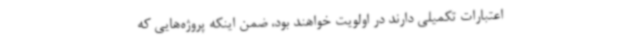
اعتبارات تکمیلی دارند در اولویت خواهند بود، ضمن اینکه پروژه‌هایی که